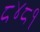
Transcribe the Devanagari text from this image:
८४८१